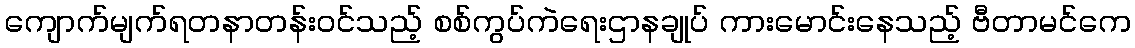
ကျောက်မျက်ရတနာတန်းဝင်သည့် စစ်ကွပ်ကဲရေးဌာနချုပ် ကားမောင်းနေသည့် ဗီတာမင်ကေ